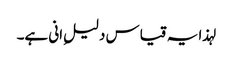
لہذا یہ قیاس دلیلِ انی ہے۔